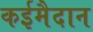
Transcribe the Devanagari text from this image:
कईमैदान